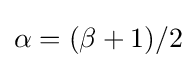
\alpha =(\beta +1)/2